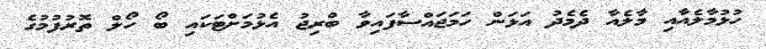
ހުޅުމާލެއާއި މާލެއާ ދެމެދު އަޅަން ހަމަޖައްސާފައިވާ ބްރިޖު އެޅުމަށްޓަކައި ބޯ ހޯލް ތޮރުފުމުގެ